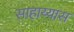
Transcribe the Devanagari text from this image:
साहाय्यास